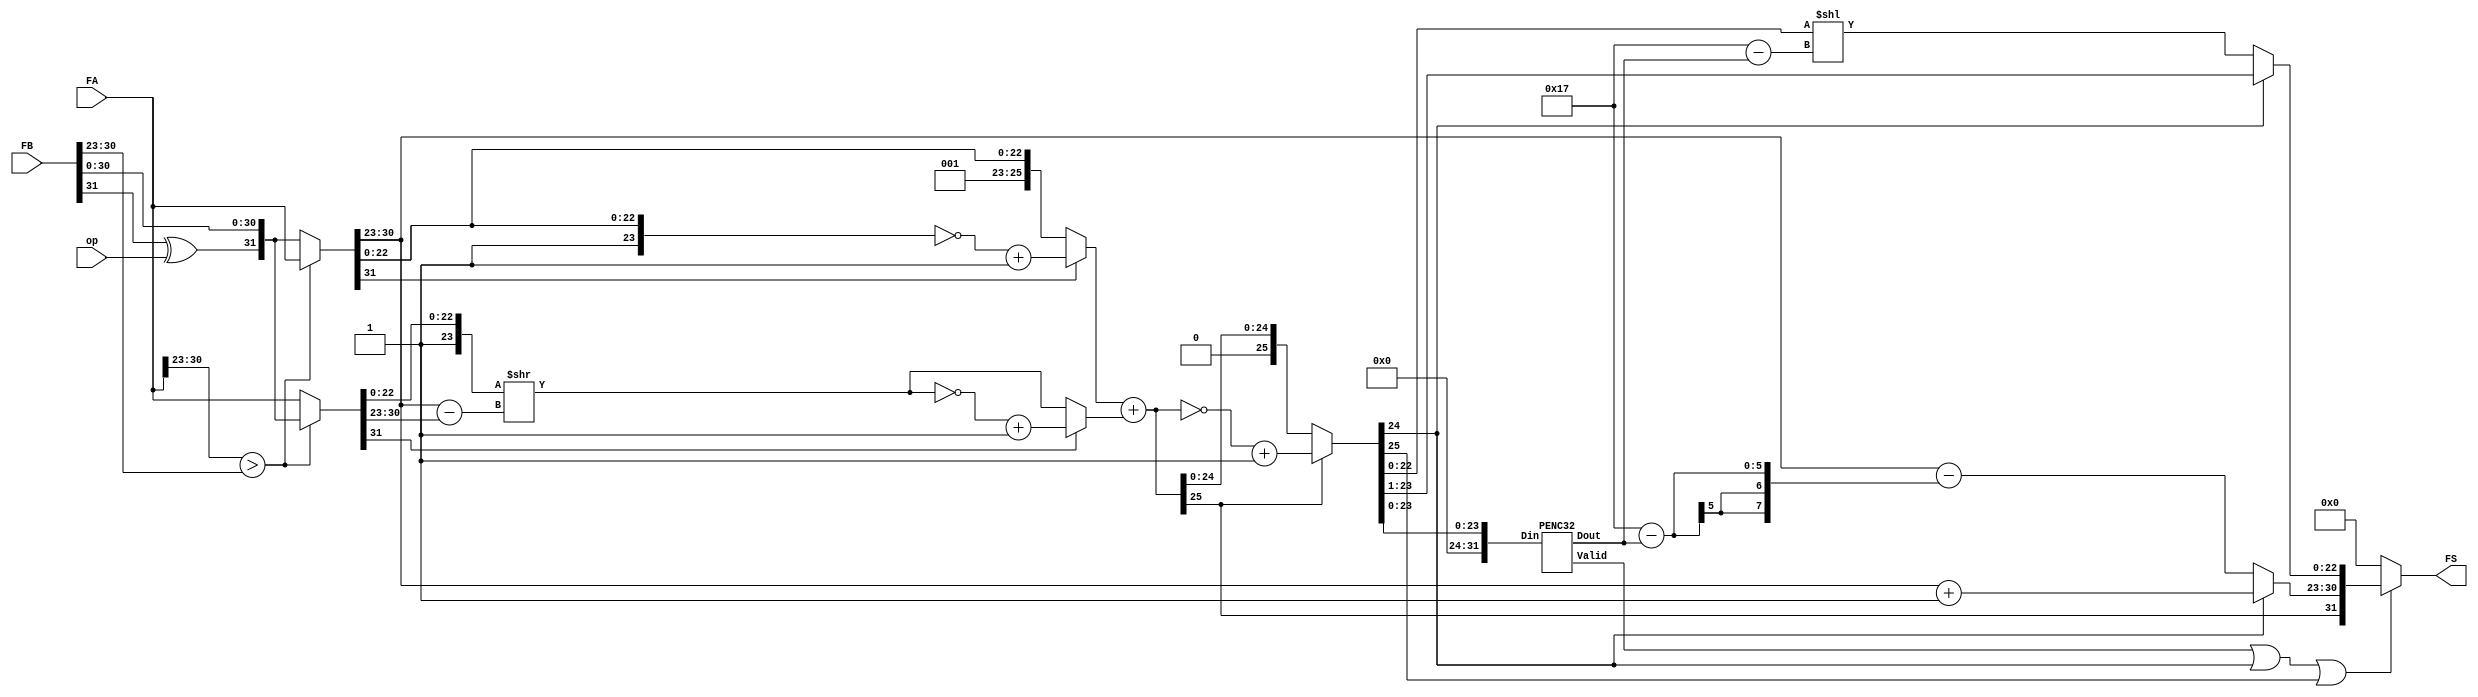
module FP_adder(FA, FB, op, FS);
input [31:0] FA, FB;
input op; // 0 for add, 1 for sub
output [31:0] FS;

wire [31:0] FB_M;
wire [7:0] FA_E, FB_E, FS_E;
wire FA_S, FB_S, FS_S;
wire [22:0] FA_F, FB_F, FS_F;
wire [25:0] FB_F_shift;
wire [25:0] FA_F_ext, FB_F_ext;
wire [25:0] FA_F_com, FB_F_com;
wire [25:0] FS_F_cal, FS_F_com;
wire [4:0] FS_shift;
wire [7:0] exp_diff;
wire valid, zero;

// merge operation signal and unsigned signal of FB
assign FB_M = {FB[31]^op, FB[30:0]};

// sign, exponent, float point
// let FB less than FA
assign {FA_S, FA_E, FA_F} = (FA[30:23]>FB[30:23]) ? FA : FB_M;
assign {FB_S, FB_E, FB_F} = (FA[30:23]>FB[30:23]) ? FB_M : FA;

// extend hidden bit
assign FA_F_ext = {3'b001, FA_F};
assign FB_F_ext = {3'b001, FB_F};


// shift FB to the same position as FA
assign exp_diff = FA_E - FB_E;
assign FB_F_shift = FB_F_ext >> exp_diff;

// if sign is negative, complememt it
assign FA_F_com = (FA_S) ? ~FA_F_ext + 26'b1 : FA_F_ext;
assign FB_F_com = (FB_S) ? ~FB_F_shift + 26'b1 : FB_F_shift;

// calculate result
// if result negative, complement
assign FS_F_cal = FA_F_com + FB_F_com;
assign FS_F_com = (FS_F_cal[25]) ? ~FS_F_cal + 26'b1 : FS_F_cal;


PENC32 P0({8'b0, FS_F_com[23:0]}, FS_shift, valid);

assign FS_S = FS_F_cal[25];
//shift of not
assign FS_E = (FS_F_com[24]) ? FA_E + 8'b1 : FA_E - (5'd23 - FS_shift);
assign FS_F = (FS_F_com[24]) ? FS_F_com[23:1] : FS_F_com[22:0] <<(5'd23 - FS_shift);

//zero
assign zero = ~(valid|FS_F_com[24]|FS_F_com[25]);
assign FS = (zero) ? 32'b0 : {FS_S, FS_E, FS_F};

endmodule


module PENC4(Din, Dout, Valid);
input [3:0] Din;
output [1:0] Dout;
output Valid;

assign Dout[1] = Din[3]|Din[2];
assign Dout[0] = Din[3]|(Din[1]&(~Din[2]));
assign Valid = |Din;

endmodule


module PENC8(Din, Dout, Valid);
input [7:0] Din;
output [2:0] Dout;
output Valid;

wire [1:0] dout0, dout1;
wire v0, v1;

PENC4 P0(Din[3:0], dout0, v0);
PENC4 P1(Din[7:4], dout1, v1);

assign Dout[2] = v1;
assign Dout[1:0] = (Dout[2]) ? dout1 : dout0;
assign Valid = v0|v1;

endmodule


module PENC32(Din, Dout, Valid);
input [31:0] Din;
output [4:0] Dout;
output Valid;

wire [2:0] dout0, dout1, dout2, dout3;
wire v0, v1, v2, v3;

PENC8 P0(Din[7:0], dout0, v0);
PENC8 P1(Din[15:8], dout1, v1);
PENC8 P2(Din[23:16], dout2, v2);
PENC8 P3(Din[31:24], dout3, v3);

assign Dout[4] = v2|v3;
assign Dout[3] = v3|((~v2)&v1);
assign Dout[2:0] = (Dout[4]) ? ((Dout[3]) ? dout3 : dout2) : ((Dout[3]) ? dout1 : dout0);
assign Valid = v0|v1|v2|v3;

endmodule